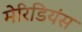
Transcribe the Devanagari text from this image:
मेरिडियंस